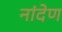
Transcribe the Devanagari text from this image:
नांदेण